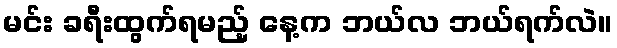
မင်း ခရီးထွက်ရမည့် နေ့က ဘယ်လ ဘယ်ရက်လဲ။